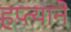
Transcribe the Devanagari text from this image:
हप्त्याने